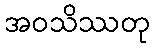
အဝသိဿတု